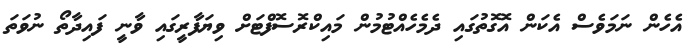
އެހެން ނަމަވެސް އެކަން އޮގޮތުގައި ދެމެހެއްޓުމުން މައިކްރޮސޮފްޓަށް ވިޔަފާރީގައި ވާނީ ފައިދާތޯ ނުވަތަ